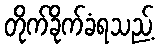
တိုက်ခိုက်ခံရသည့်